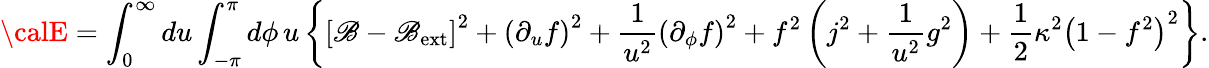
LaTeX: {\calE}=\int_{0}^{\infty}du\int_{-\pi}^{\pi}d\phi\, u\left\{ \left[\mathscr{B}-\mathscr{B}_{\mathrm{{ext}}}\right]^{2}+\left(\partial_{u}f\right)^{2}+\frac{{1}}{{u^{2}}}\left(\partial_{\phi}f\right)^{2}+f^{2}\left(j^{2}+\frac{{1}}{{u^{2}}}g^{2}\right)+\frac{{1}}{{2}}\kappa^{2}\left(1-f^{2}\right)^{2}\right\} .